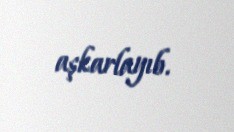
aşkarlayıb.